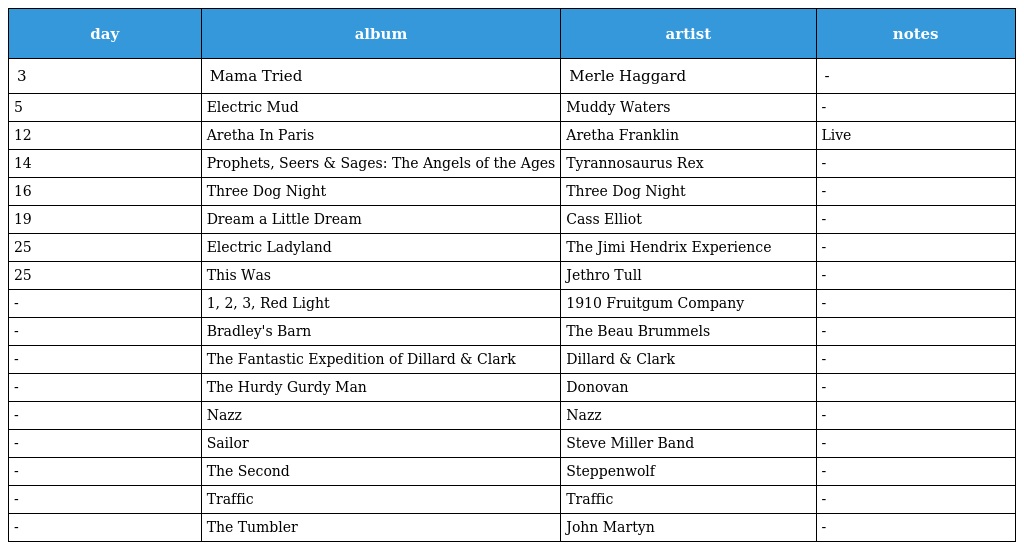
| day | album | artist | notes |
 | --- | --- | --- | --- |
 | 3 | Mama Tried | Merle Haggard | - |
 | 5 | Electric Mud | Muddy Waters | - |
 | 12 | Aretha In Paris | Aretha Franklin | Live |
 | 14 | Prophets, Seers & Sages: The Angels of the Ages | Tyrannosaurus Rex | - |
 | 16 | Three Dog Night | Three Dog Night | - |
 | 19 | Dream a Little Dream | Cass Elliot | - |
 | 25 | Electric Ladyland | The Jimi Hendrix Experience | - |
 | 25 | This Was | Jethro Tull | - |
 | - | 1, 2, 3, Red Light | 1910 Fruitgum Company | - |
 | - | Bradley's Barn | The Beau Brummels | - |
 | - | The Fantastic Expedition of Dillard & Clark | Dillard & Clark | - |
 | - | The Hurdy Gurdy Man | Donovan | - |
 | - | Nazz | Nazz | - |
 | - | Sailor | Steve Miller Band | - |
 | - | The Second | Steppenwolf | - |
 | - | Traffic | Traffic | - |
 | - | The Tumbler | John Martyn | - |